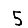
Digit: 5